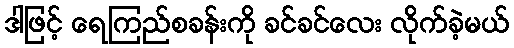
ဒါဖြင့် ရေကြည်စခန်းကို ခင်ခင်လေး လိုက်ခဲ့မယ်